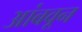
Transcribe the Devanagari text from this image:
आंबवून